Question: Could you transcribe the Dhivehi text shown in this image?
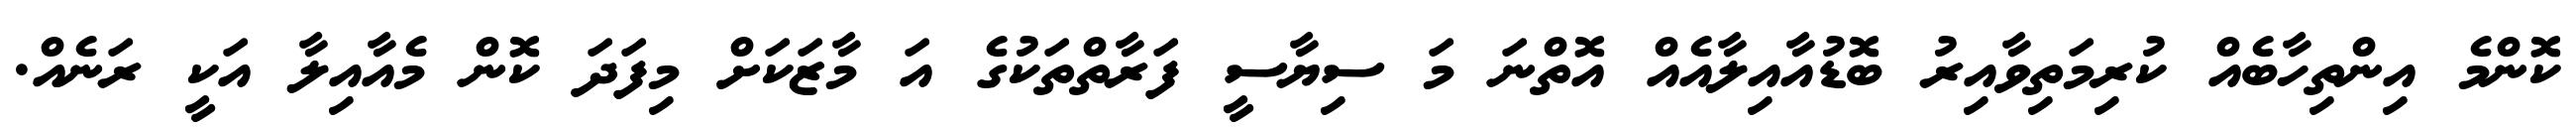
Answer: ކޮންމެ އިންތިހާބެއް ކުރިމަތިވާއިރު ބޮޑުއާއިލާއެއް އޮތްނަ މަ ސިޔާސީ ފަރާތްތަކުގެ އަ މާޒަކަށް މިފަދަ ކޮން މެއާއިލާ އަކީ ރަނެއް.